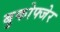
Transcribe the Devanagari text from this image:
बुकोफ्जेर